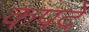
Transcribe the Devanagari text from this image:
कपदे